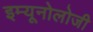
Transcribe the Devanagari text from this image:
इम्यूनोलोजी